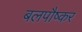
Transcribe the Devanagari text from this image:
बलपौष्कर